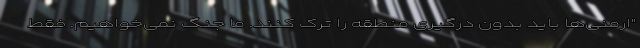
"ارمنی‌ها باید بدون درگیری منطقه را ترک کنند. ما جنگ نمی‌خواهیم. فقط